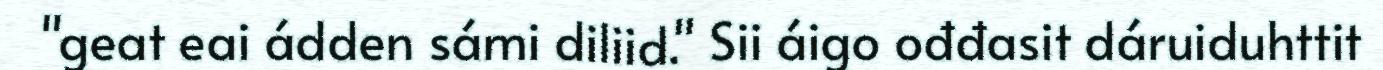
"geat eai ádden sámi diliid." Sii áigo ođđasit dáruiduhttit